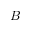
B